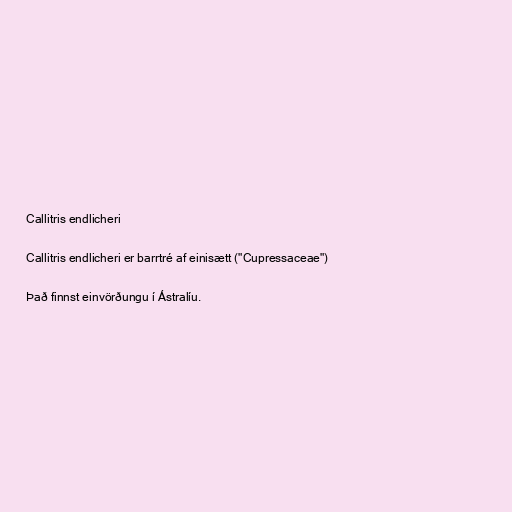
Callitris endlicheri

Callitris endlicheri er barrtré af einisætt ("Cupressaceae")

Það finnst einvörðungu í Ástralíu.